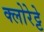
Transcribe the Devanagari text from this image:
क्‍लोरेट्टे